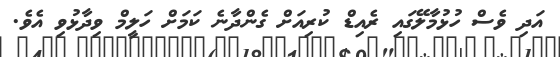
އަދި ވެސް ހުޅުމާލޭގައި ރެއިޑް ކުރިއަށް ގެންދާނެ ކަމަށް ހަލީމް ވިދާޅުވި އެވެ.